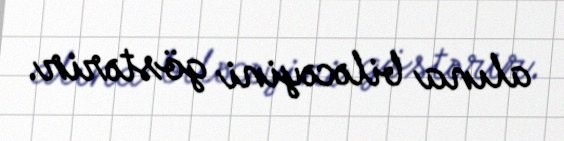
alına biləcəyini göstərir.